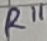
Text: R11